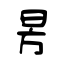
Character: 昘